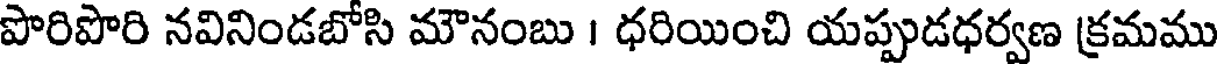
పొరిపొరి నవినిండబోసి మౌనంబు । ధరియించి యప్పుడధర్వణ క్రమము